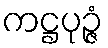
ကဋ္ဌပုဉ္ဇံ